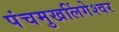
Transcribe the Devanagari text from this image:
पंचमुखलिंगेश्‍वर